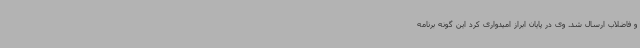
و فاضلاب ارسال شد. وی در پایان ابراز امیدواری کرد این گونه برنامه